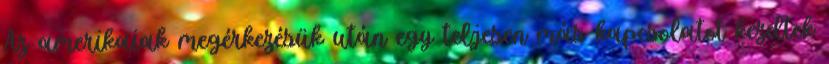
Az amerikaiak megérkezésük után egy teljesen más kapcsolatot kezdtek